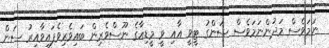
ނަމަވެސް މަދުންނަމަވެސް ސަންގު ޓީވީ އާއި ވީ މީޑިއާގެ ނޫސްވެރިން ބައިވެރިވެފައިވާއިރު ސަން